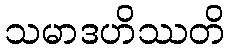
သမာဒဟိဿတိ